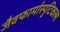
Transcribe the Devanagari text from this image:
जैवफार्मास्युटिकल्स